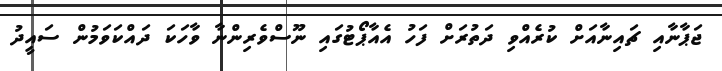
ޖަޕާނާއި ޗައިނާއަށް ކުރެއްވި ދަތުރަށް ފަހު އެއާޕޯޓުގައި ނޫސްވެރިންނާ ވާހަކަ ދައްކަވަމުން ސައީދު